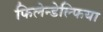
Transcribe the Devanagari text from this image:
फिलेन्डेल्फिया